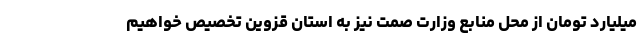
میلیارد تومان از محل منابع وزارت صمت نیز به استان قزوین تخصیص خواهیم